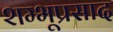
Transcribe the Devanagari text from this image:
शम्भूप्रसाद